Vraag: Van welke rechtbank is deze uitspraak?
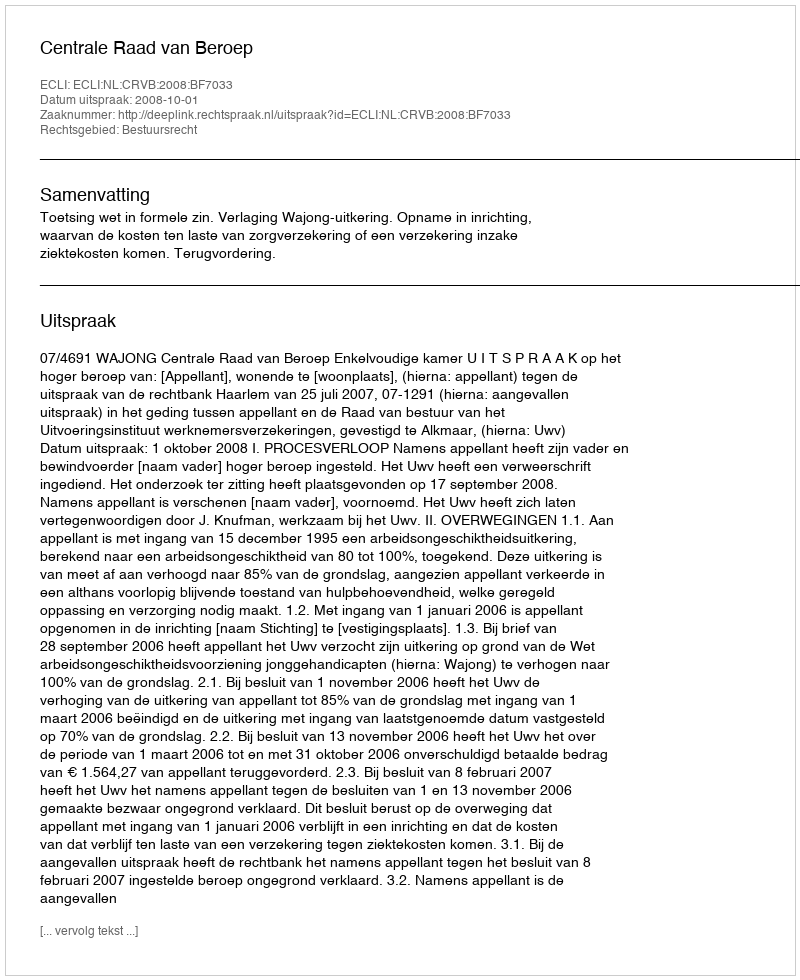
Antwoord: Centrale Raad van Beroep